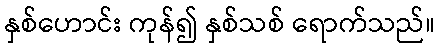
နှစ်ဟောင်း ကုန်၍ နှစ်သစ် ရောက်သည်။